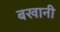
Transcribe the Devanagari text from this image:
बखानी